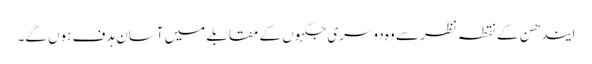
ایندھن کے نقطہ نظر سے وہ دوسری جگہوں کے مقابلے میں آسان ہدف ہوں گے۔